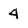
Character: 4